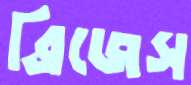
ব্রিজেস